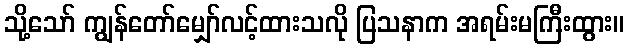
သို့သော် ကျွန်တော်မျှော်လင့်ထားသလို ပြသနာက အရမ်းမကြီးထွား။